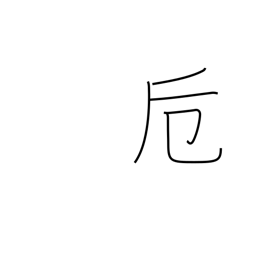
Meaning: fitting